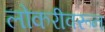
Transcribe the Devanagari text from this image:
लोकरीवरून